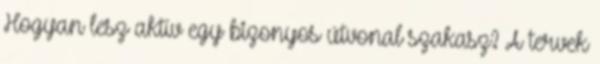
Hogyan lesz aktív egy bizonyos útvonal szakasz? A tervek